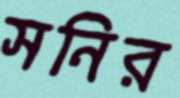
সনির